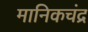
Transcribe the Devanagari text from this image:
मानिकचंद्र